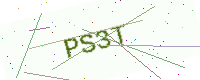
Text: PS3T